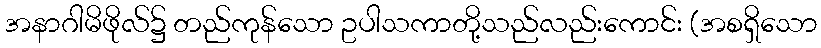
အနာဂါမိဖိုလ်၌ တည်ကုန်သော ဥပါသကာတို့သည်လည်းကောင်း (အစရှိသော